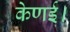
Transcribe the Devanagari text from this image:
केणई।